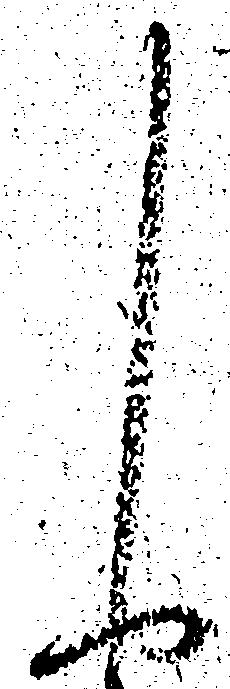
申